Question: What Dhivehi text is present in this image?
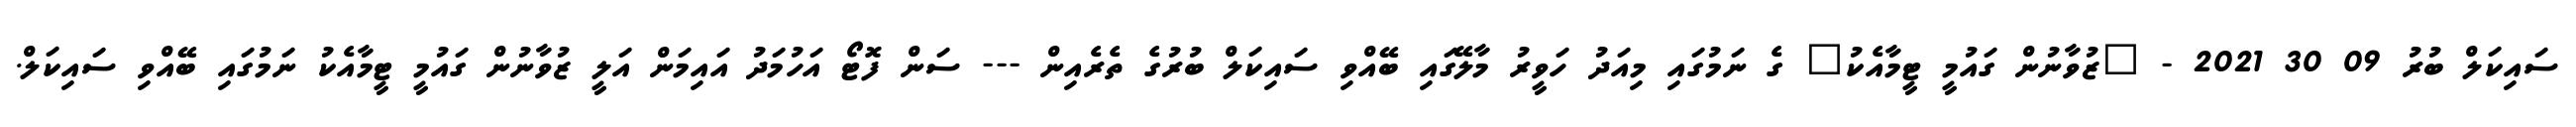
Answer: ސައިކަލް ބުރު 09 30 2021 - "ޒުވާނުން ގައުމީ ޓީމާއެކު" ގެ ނަމުގައި މިއަދު ހަވީރު މާލޭގައި ބޭއްވި ސައިކަލް ބުރުގެ ތެރެއިން --- ސަން ފޮޓޯ އަހުމަދު އައިމަން އަލީ ޒުވާނުން ގައުމީ ޓީމާއެކު ނަމުގައި ބޭއްވި ސައިކަލް.